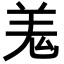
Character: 羗